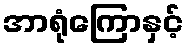
အာရုံကြောနှင့်